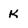
Character: K